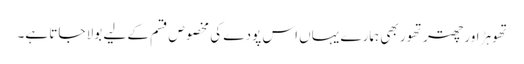
تھوہڑ اور چھتر تھور بھی ہمارے یہاں اس پودے کی مخصوص قسم کے لیے بولا جاتا ہے۔